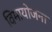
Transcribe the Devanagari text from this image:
विमायोजना